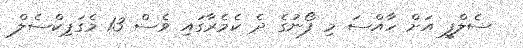
ސެލްފީ އަށް ހާއްސަ މި ފޯނުގެ ދެ ކެމެރާގައި ވެސް 13 މެގަޕިކްސެލް